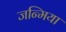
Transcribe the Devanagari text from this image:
जन्मिया